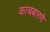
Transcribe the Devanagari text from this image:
काचबारणे